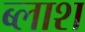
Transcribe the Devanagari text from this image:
ब्लाश